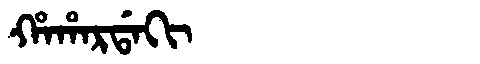
Manchu: ᡥᠠᡥᠠᡵᡩᠠᡴᡳ
Romanization: HAHARDAKI